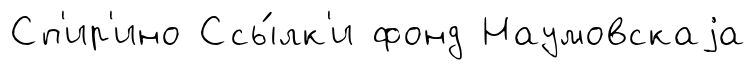
Сп'ир'ино Ссы́лк'и фонд Наумовскаjа